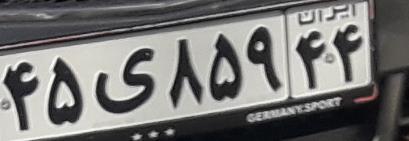
۴۵ی۸۵۹۴۴